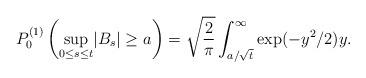
LaTeX: \begin{align*} P^{(1)}_0\left(\underset{0\leq s \leq t}{\sup}|B_s|\geq a\right)=\sqrt{\frac{2}{\pi}}\int^{\infty}_{a/\sqrt{t}}\exp(-y^2/2)y. \end{align*}